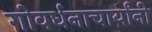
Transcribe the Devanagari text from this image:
गोवर्धनाचार्यांनी